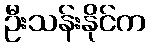
ဦးသန်းနိုင်က